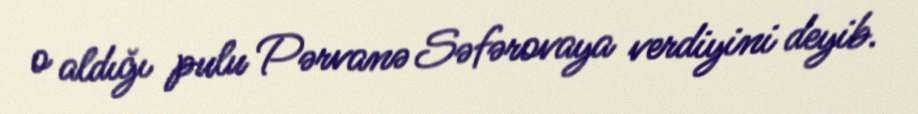
o aldığı pulu Pərvanə Səfərovaya verdiyini deyib.